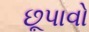
છૂપાવો